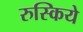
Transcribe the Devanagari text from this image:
रुस्किये